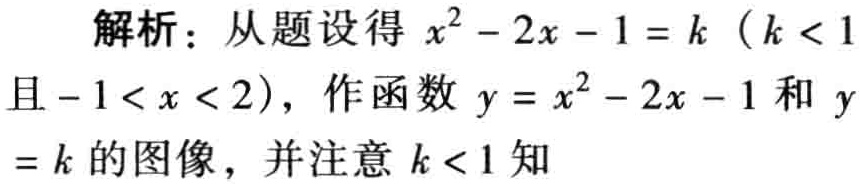
解析：从题设得 \(x^{2}-2x - 1 = k\)（\(k < 1\)且\(-1 < x < 2\)），作函数 \(y = x^{2}-2x - 1\)和 \(y = k\)的图像，并注意 \(k < 1\)知